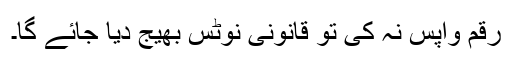
رقم واپس نہ کی تو قانونی نوٹس بھیج دیا جائے گا۔